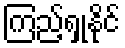
ကြည့်ရှုနိုင်